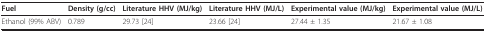
| Fuel | Density (g/cc) | Literature HHV (MJ/kg) | Literature HHV (MJ/L) | Experimental value (MJ/kg) | Experimental value (MJ/L) |
 | --- | --- | --- | --- | --- | --- |
 | Ethanol (99% ABV) | 0.789 | 29.73 [24] | 23.66 [24] | 27.44 ± 1.35 | 21.67 ± 1.08 |